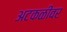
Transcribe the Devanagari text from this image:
अटकळींवर